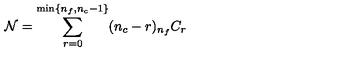
{ \cal N } = \sum _ { r = 0 } ^ { \mathrm { m i n } \{ n _ { f } , n _ { c } - 1 \} } ( n _ { c } - r ) { } _ { n _ { f } } C _ { r }